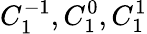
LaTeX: C_{1}^{-1},C_{1}^{0},C_{1}^{1}